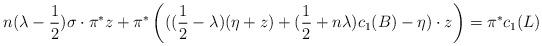
LaTeX: \begin{align*}n(\lambda-\frac{1}{2})\sigma \cdot \pi^{*}z +\pi^{*}\left(((\frac{1}{2}-\lambda)(\eta+z)+ (\frac{1}{2}+ n\lambda)c_{1}(B)-\eta) \cdot z \right)=\pi^{*}c_{1}(L)\end{align*}